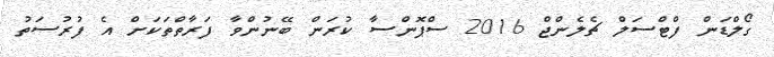
ގޯލްޑަން ފްޓްސަލް ޗެލެންޖް 2016 ސްޕޮންސާ ކުރަން ބޭނުންވާ ފަރާތްތަކަށް އެ ފުރުސަތު